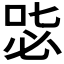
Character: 𠳢